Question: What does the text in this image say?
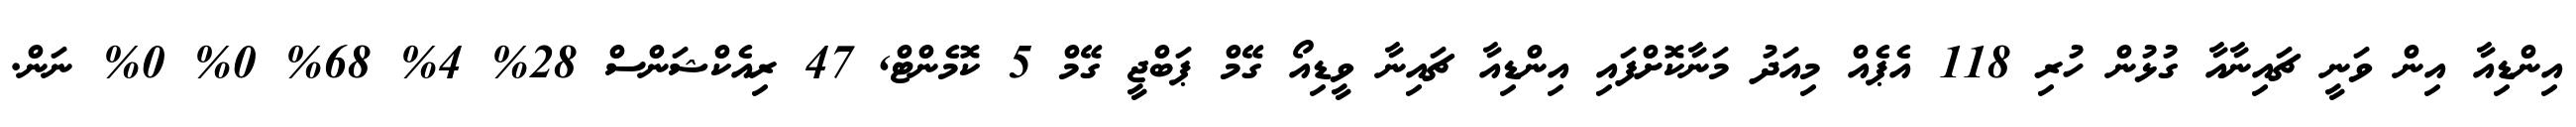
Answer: އިންޑިއާ އިން ވަނީ ޗައިނާއާ ގުޅުން ހުރި 118 އެޕެއް މިއަދު މަނާކޮށްފައި އިންޑިއާ ޗައިނާ ވީޑިއޯ ގޭމް ޕަބްޖީ ގޭމް 5 ކޮމެންޓް, 47 ރިއެކްޝަންސް 28% 4% 68% 0% 0% ނަން.